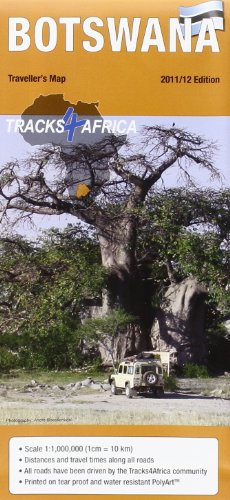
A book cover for Botswana Traveler's Map; Tracks4Africa; Travel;